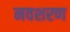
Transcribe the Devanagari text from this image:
नवशरण